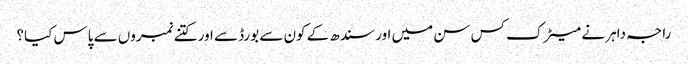
راجہ داہر نے میٹرک کس سن میں اور سندھ کے کون سے بورڈ سے اور کتنے نمبروں سے پاس کیا؟